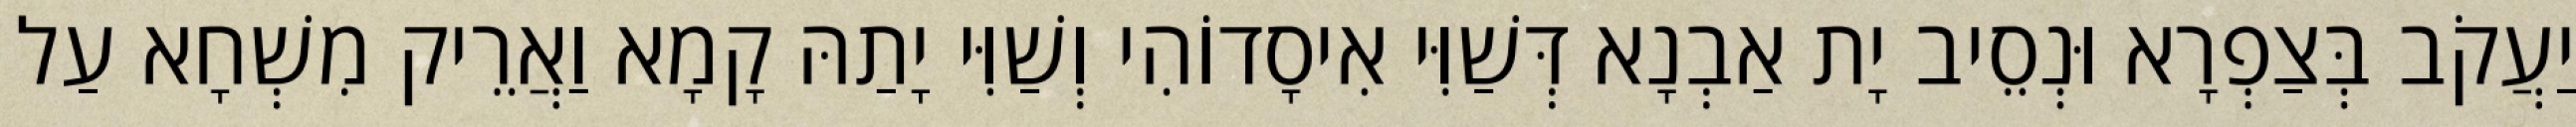
יַעֲקֹב בְּצַפְרָא וּנְסֵיב יָת אַבְנָא דְּשַׁוִּי אִיסָדוֹהִי וְשַׁוִּי יָתַהּ קָמָא וַאֲרֵיק מִשְׁחָא עַל